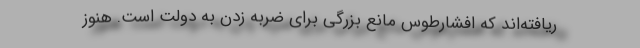
ریافته‌اند که افشارطوس مانع بزرگی برای ضربه زدن به دولت است. هنوز